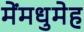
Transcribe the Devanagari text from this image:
मेंमधुमेह